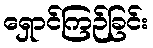
ရှောင်ကြဉ်ခြင်း